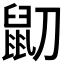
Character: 𪔹